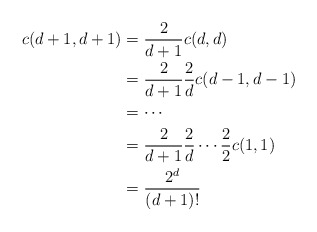
\begin{align*} c(d+1,d+1) & = \frac{2}{d+1} c(d,d) \\ & = \frac{2}{d+1} \frac{2}{d} c(d-1,d-1) \\ & = \cdots \\ & = \frac{2}{d+1} \frac{2}{d} \cdots \frac{2}{2} c(1,1) \\ & = \frac{2^d}{(d+1)!}\end{align*}